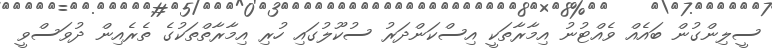
ސީލިންގުން ބައެއް ވެއްޓުނު އިމާރާތަކީ އިސްކަންދަރު ސުކޫލުގައި ހުރި އިމާރާތްތަކުގެ ތެރެއިން ދުވަސްވީ